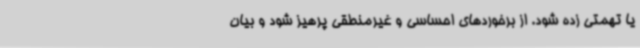
یا تهمتی زده شود. از برخوردهای احساسی و غیرمنطقی پرهیز شود و بیان